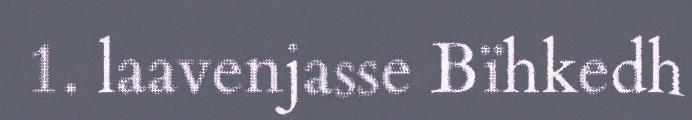
1. laavenjasse Bïhkedh